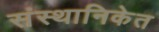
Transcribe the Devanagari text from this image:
संस्थानिकेत